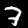
Label: 7